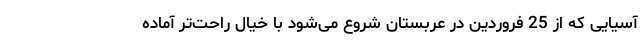
آسیایی که از 25 فروردین در عربستان شروع می‌شود با خیال راحت‌تر آماده